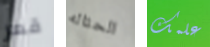
قعر الحثاله علمك